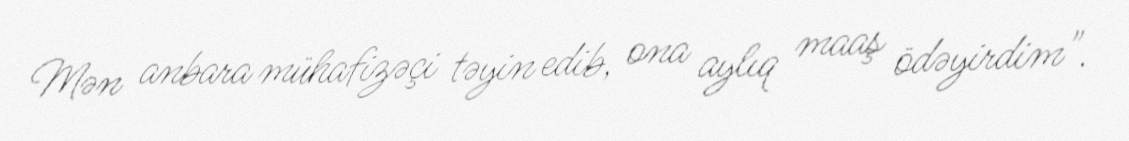
Mən anbara mühafizəçi təyin edib, ona aylıq maaş ödəyirdim".